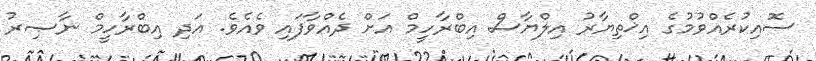
ސޮއިކުރެއްވުމުގެ އިޚްތިޔާރު އިލްޔާސް އިބްރާހީމް އަށް ދެއްވާފައި ވެއެވެ. އަދި އިބްރާހީމް ނާޞިރު